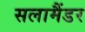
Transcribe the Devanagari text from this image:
सलामैंडर